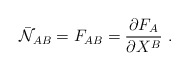
\begin{align*}\bar {\cal N}_{AB} =F_{AB}=\frac{\partial F_A}{\partial X^B}\ .\end{align*}